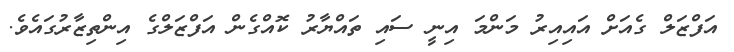
އަފްޒަލް ގެއަށް އައިއިރު މަންމަ އިނީ ސައި ތައްޔާރު ކޮއްގެން އަފްޒަލްގެ އިންތިޒާރުގައެވެެ.